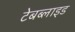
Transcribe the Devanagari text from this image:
टेबब्लाइड